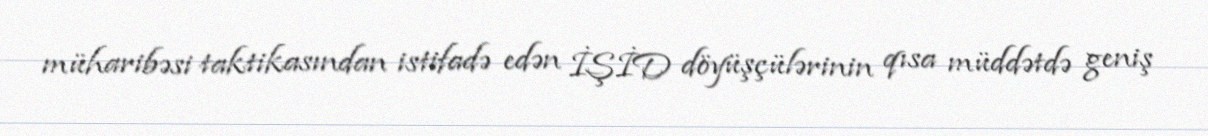
müharibəsi taktikasından istifadə edən İŞİD döyüşçülərinin qısa müddətdə geniş